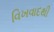
વિખવાદથી